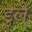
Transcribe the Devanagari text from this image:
डुले